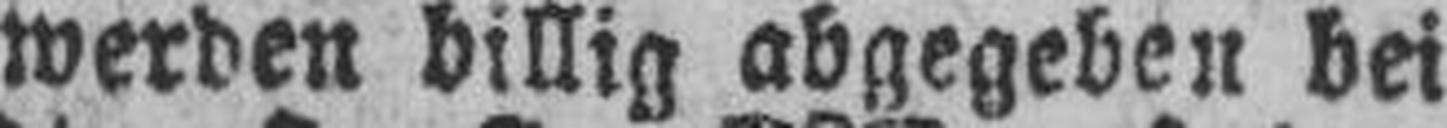
werden billig abgegeben bei